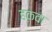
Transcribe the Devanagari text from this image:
हकवा